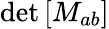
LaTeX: \operatorname*{det}\left[M_{ab}\right]